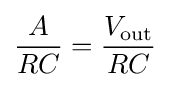
{\frac {A}{RC}}={\frac {V_{\rm {out}}}{RC}}